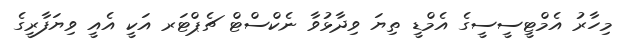
މިހާރު އެމްޓީސީސީގެ އެމްޑީ ތިޔަ ވިދާޅުވާ ނެކްސްޓް ޗެޕްޓަރ އަކީ އެއީ ވިޔަފާރީގެ